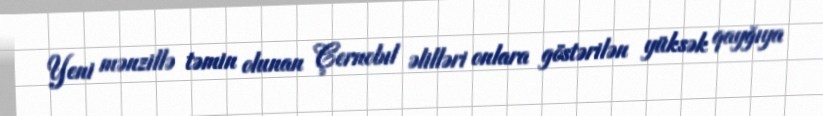
Yeni mənzillə təmin olunan Çernobıl əlilləri onlara göstərilən yüksək qayğıya